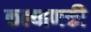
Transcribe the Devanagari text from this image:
कल्याणकी